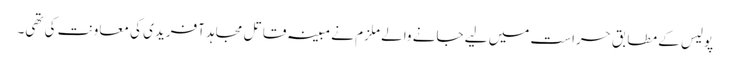
پولیس کے مطابق حراست میں لیے جانے والے ملزم نے مبینہ قاتل مجاہد آفریدی کی معاونت کی تھی۔